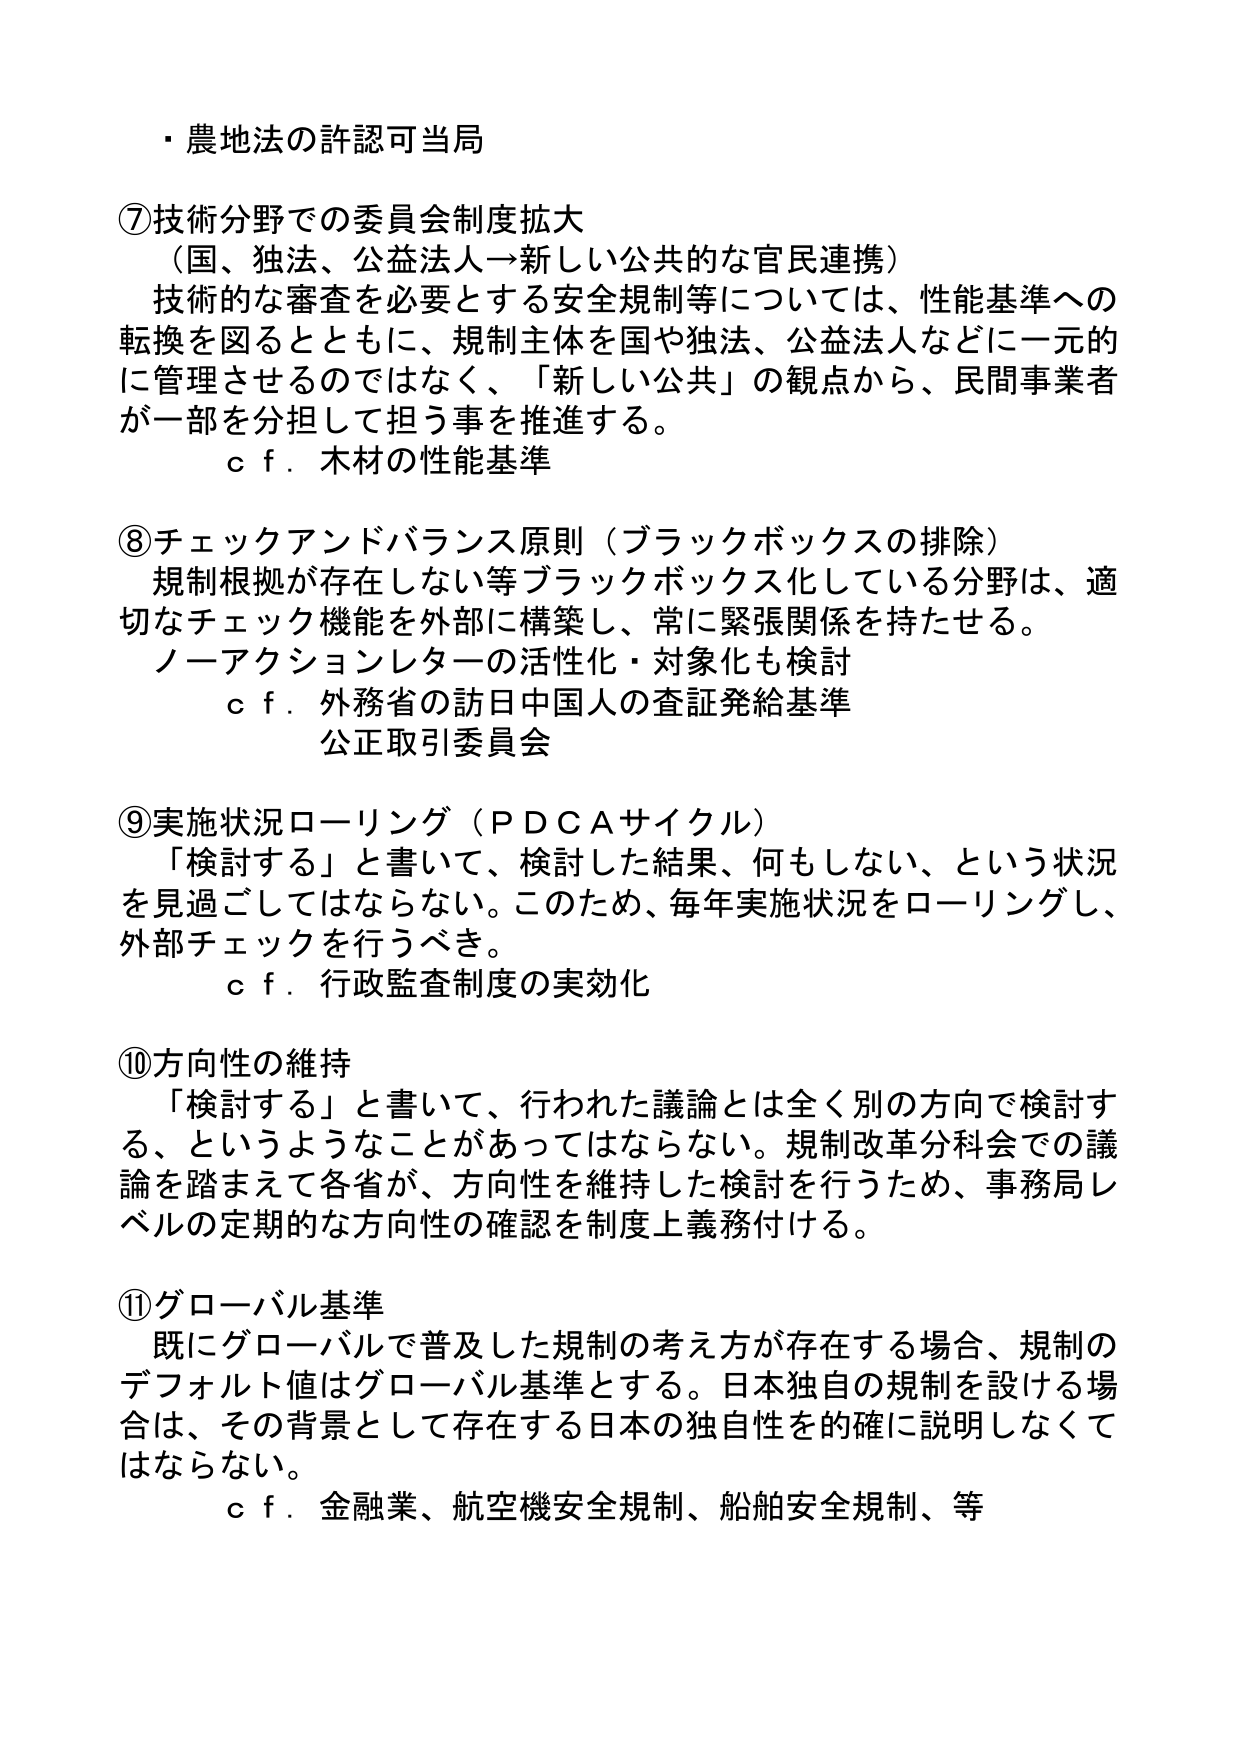
・農地法の許認可当局

⑦技術分野での委員会制度拡大
（国、独法、公益法人→新しい公共的な官民連携）
技術的な審査を必要とする安全規制等については、性能基準への
転換を図るとともに、規制主体を国や独法、公益法人などに一元的
に管理させるのではなく、「新しい公共」の観点から、民間事業者
が一部を分担して担う事を推進する。
ｃｆ．木材の性能基準

⑧チェックアンドバランス原則（ブラックボックスの排除）
規制根拠が存在しない等ブラックボックス化している分野は、適
切なチェック機能を外部に構築し、常に緊張関係を持たせる。
ノーアクションレターの活性化・対象化も検討
ｃｆ．外務省の訪日中国人の査証発給基準
公正取引委員会

⑨実施状況ローリング（ＰＤＣＡサイクル）
「検討する」と書いて、検討した結果、何もしない、という状況
を見過ごしてはならない。このため、毎年実施状況をローリングし、
外部チェックを行うべき。
ｃｆ．行政監査制度の実効化

⑩方向性の維持
「検討する」と書いて、行われた議論とは全く別の方向で検討す
る、というようなことがあってはならない。規制改革分科会での議
論を踏まえて各省が、方向性を維持した検討を行うため、事務局レ
ベルの定期的な方向性の確認を制度上義務付ける。

⑪グローバル基準
既にグローバルで普及した規制の考え方が存在する場合、規制の
デフォルト値はグローバル基準とする。日本独自の規制を設ける場
合は、その背景として存在する日本の独自性を的確に説明しなくて
はならない。
ｃｆ．金融業、航空機安全規制、船舶安全規制、等